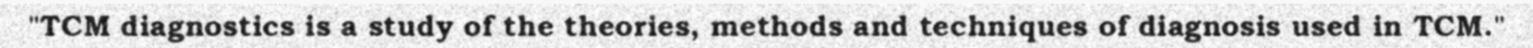
"TCM diagnostics is a study of the theories, methods and techniques of diagnosis used in TCM."